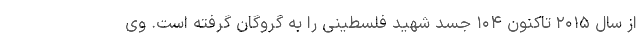
از سال ۲۰۱۵ تاکنون ۱۰۴ جسد شهید فلسطینی را به گروگان گرفته است. وی